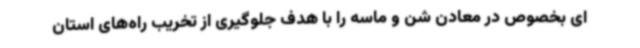
ای بخصوص در معادن شن و ماسه را با هدف جلوگیری از تخریب راه‌های استان